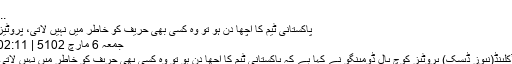
...
پاکستانی ٹیم کا اچھا دن ہو تو وہ کسی بھی حریف کو خاطر میں نہیں لاتی، پروٹیز
جمعہ‬‮ 6 مارچ‬‮ 2015 | 11:20
آکلینڈ(نیوز ڈیسک) پروٹیز کوچ پال ڈومینگو نے کہا ہے کہ پاکستانی ٹیم کا اچھا دن ہو تو وہ کسی بھی حریف کو خاطر میں نہیں لاتی۔